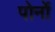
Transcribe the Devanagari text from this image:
पोर्नो